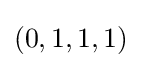
(0,1,1,1)